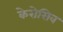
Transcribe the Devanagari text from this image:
केरोसिव